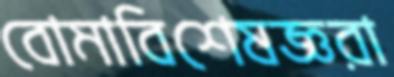
বোমাবিশেষজ্ঞরা